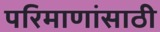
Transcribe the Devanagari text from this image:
परिमाणांसाठी